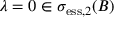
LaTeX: \lambda = 0 \in \sigma _ { \mathrm { e s s } , 2 } ( B )